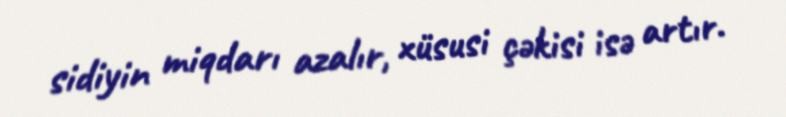
sidiyin miqdarı azalır, xüsusi çəkisi isə artır.